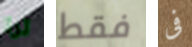
ترا فقط فى